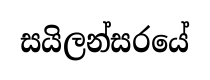
සයිලන්සරයේ